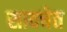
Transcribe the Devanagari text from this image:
सावचेत